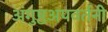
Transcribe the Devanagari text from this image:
अंगुष्ठअपवर्तनी